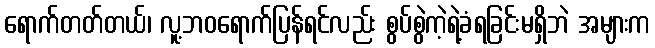
ရောက်တတ်တယ်၊ လူ့ဘဝရောက်ပြန်ရင်လည်း စွပ်စွဲကဲ့ရဲ့ခံရခြင်းမရှိဘဲ အများက